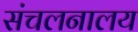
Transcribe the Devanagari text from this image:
संचलनालय